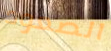
الصعود